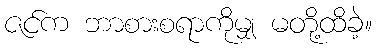
ဇင်က ဘာစားစရာကိုမျှ မတို့ထိခဲ့။